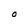
Character: O